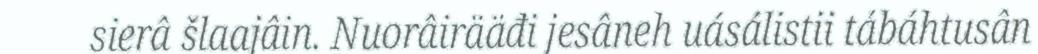
sierâ šlaajâin. Nuorâirääđi jesâneh uásálistii tábáhtusân